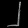
Digit: ၂